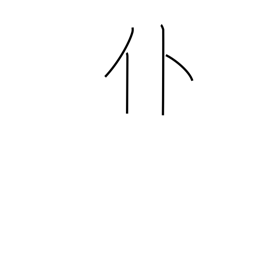
Meaning: fall